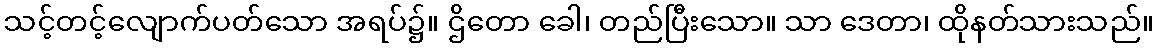
သင့်တင့်လျောက်ပတ်သော အရပ်၌။ ဌိတော ခေါ၊ တည်ပြီးသော။ သာ ဒေတာ၊ ထိုနတ်သားသည်။